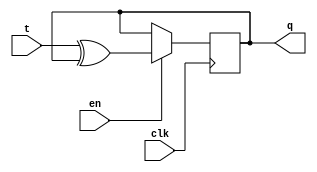
module xup_tff_en_vector #(parameter SIZE = 4 , DELAY = 3)(
  input [SIZE-1:0] t,
  input clk,
  input en,
  output [SIZE-1:0] q
  );
  
  reg [SIZE-1:0] q;
  initial q = 0;
  
  always @(posedge clk)
  begin 
      if(en)
          q[SIZE-1:0] <= #DELAY t[SIZE-1:0]^q[SIZE-1:0];
  end
endmodule